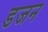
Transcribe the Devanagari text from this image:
डजन